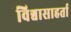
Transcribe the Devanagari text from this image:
विश्वासाहर्ता